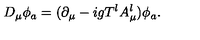
D _ { \mu } \phi _ { a } = ( \partial _ { \mu } - i g T ^ { l } A _ { \mu } ^ { l } ) \phi _ { a } .